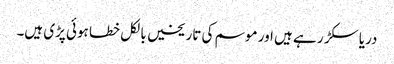
دریا سکڑ ر ہے ہیں اور موسم کی تاریخیں بالکل خطا ہوئی پڑی ہیں۔